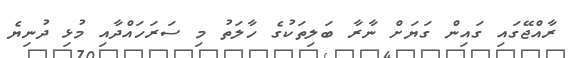
ރާއްޖޭގައި ގައިން ގަޔަށް ނާރާ ބަލިތަކުގެ ހާލަތު މި ސަރަހައްދާއި މުޅި ދުނިޔެ